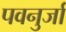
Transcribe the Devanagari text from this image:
पवनुर्जा